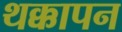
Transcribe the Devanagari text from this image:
थक्कापन